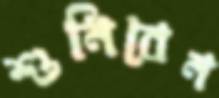
শুনিবেন